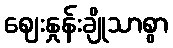
ဈေးနှုန်းချိုသာစွာ